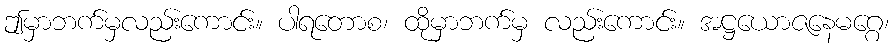
ဤမှာဘက်မှလည်းကောင်း။ ပါရတောစ၊ ထိုမှာဘက်မှ လည်းကောင်း။ အဋ္ဌယောဇနေမဂ္ဂေ၊